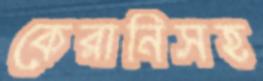
কেরানিসহ